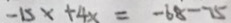
- 1 5 x + 4 x = - 6 8 - 7 5